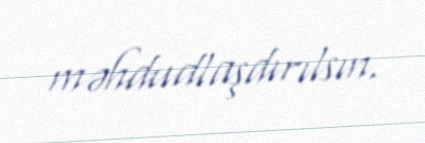
məhdudlaşdırılsın.